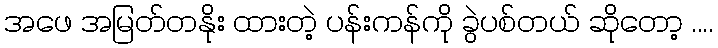
အဖေ အမြတ်တနိုး ထားတဲ့ ပန်းကန်ကို ခွဲပစ်တယ် ဆိုတော့ ....